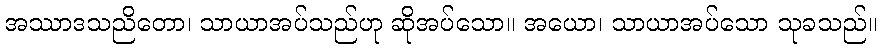
အဿာဒသညိတော၊ သာယာအပ်သည်ဟု ဆိုအပ်သော။ အယော၊ သာယာအပ်သော သုခသည်။